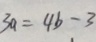
3 a = 4 b - 3